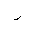
Letter: _ra